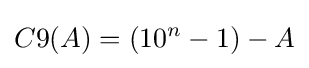
C9(A)=(10^{n}-1)-A